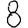
Digit: 8